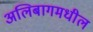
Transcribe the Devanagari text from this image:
अलिबागमधील